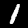
Label: 1